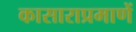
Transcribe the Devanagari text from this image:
कासाराप्रमाणें